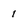
Character: 1